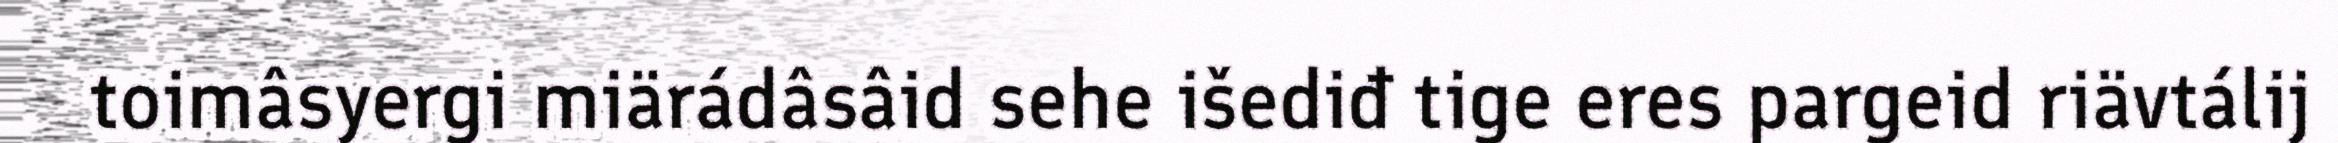
toimâsyergi miärádâsâid sehe išediđ tige eres pargeid riävtálij